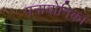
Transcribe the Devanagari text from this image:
पनावोनिका